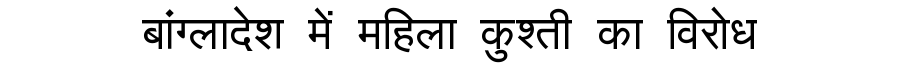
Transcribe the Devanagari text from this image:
बांग्लादेश में महिला कुश्ती का विरोध